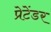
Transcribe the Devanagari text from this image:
प्रेटेंडर